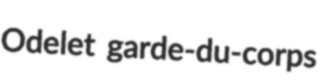
Odelet garde-du-corps